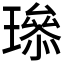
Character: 𤩨